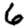
Digit: 6